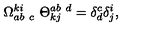
\Omega _ { a b \ c } ^ { k i } \ \Theta _ { k j } ^ { a b \ d } = \delta _ { d } ^ { c } \delta _ { j } ^ { i } ,